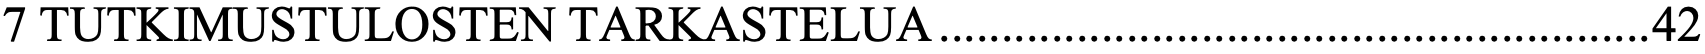
7 TUTKIMUSTULOSTEN TARKASTELUA ......................................................... 42